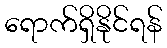
ရောက်ရှိနိုင်ရန်